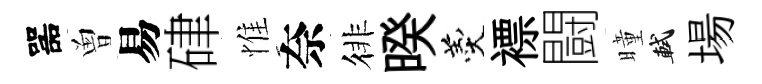
噐曽易硉惟奈徘暌羹褾闘曈軾場